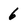
Character: 6